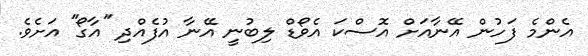
އެންމެ ފަހުން އޭނާއަށް އޮސްކަ އެވޯޑް ލިބުނީ އޭނާ އުފެއްދި ''އާގޯ'' އަށެވެ.